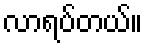
လာရပ်တယ်။